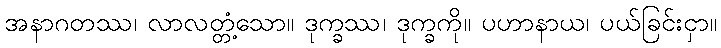
အနာဂတဿ၊ လာလတ္တံ့သော။ ဒုက္ခဿ၊ ဒုက္ခကို။ ပဟာနာယ၊ ပယ်ခြင်းငှာ။